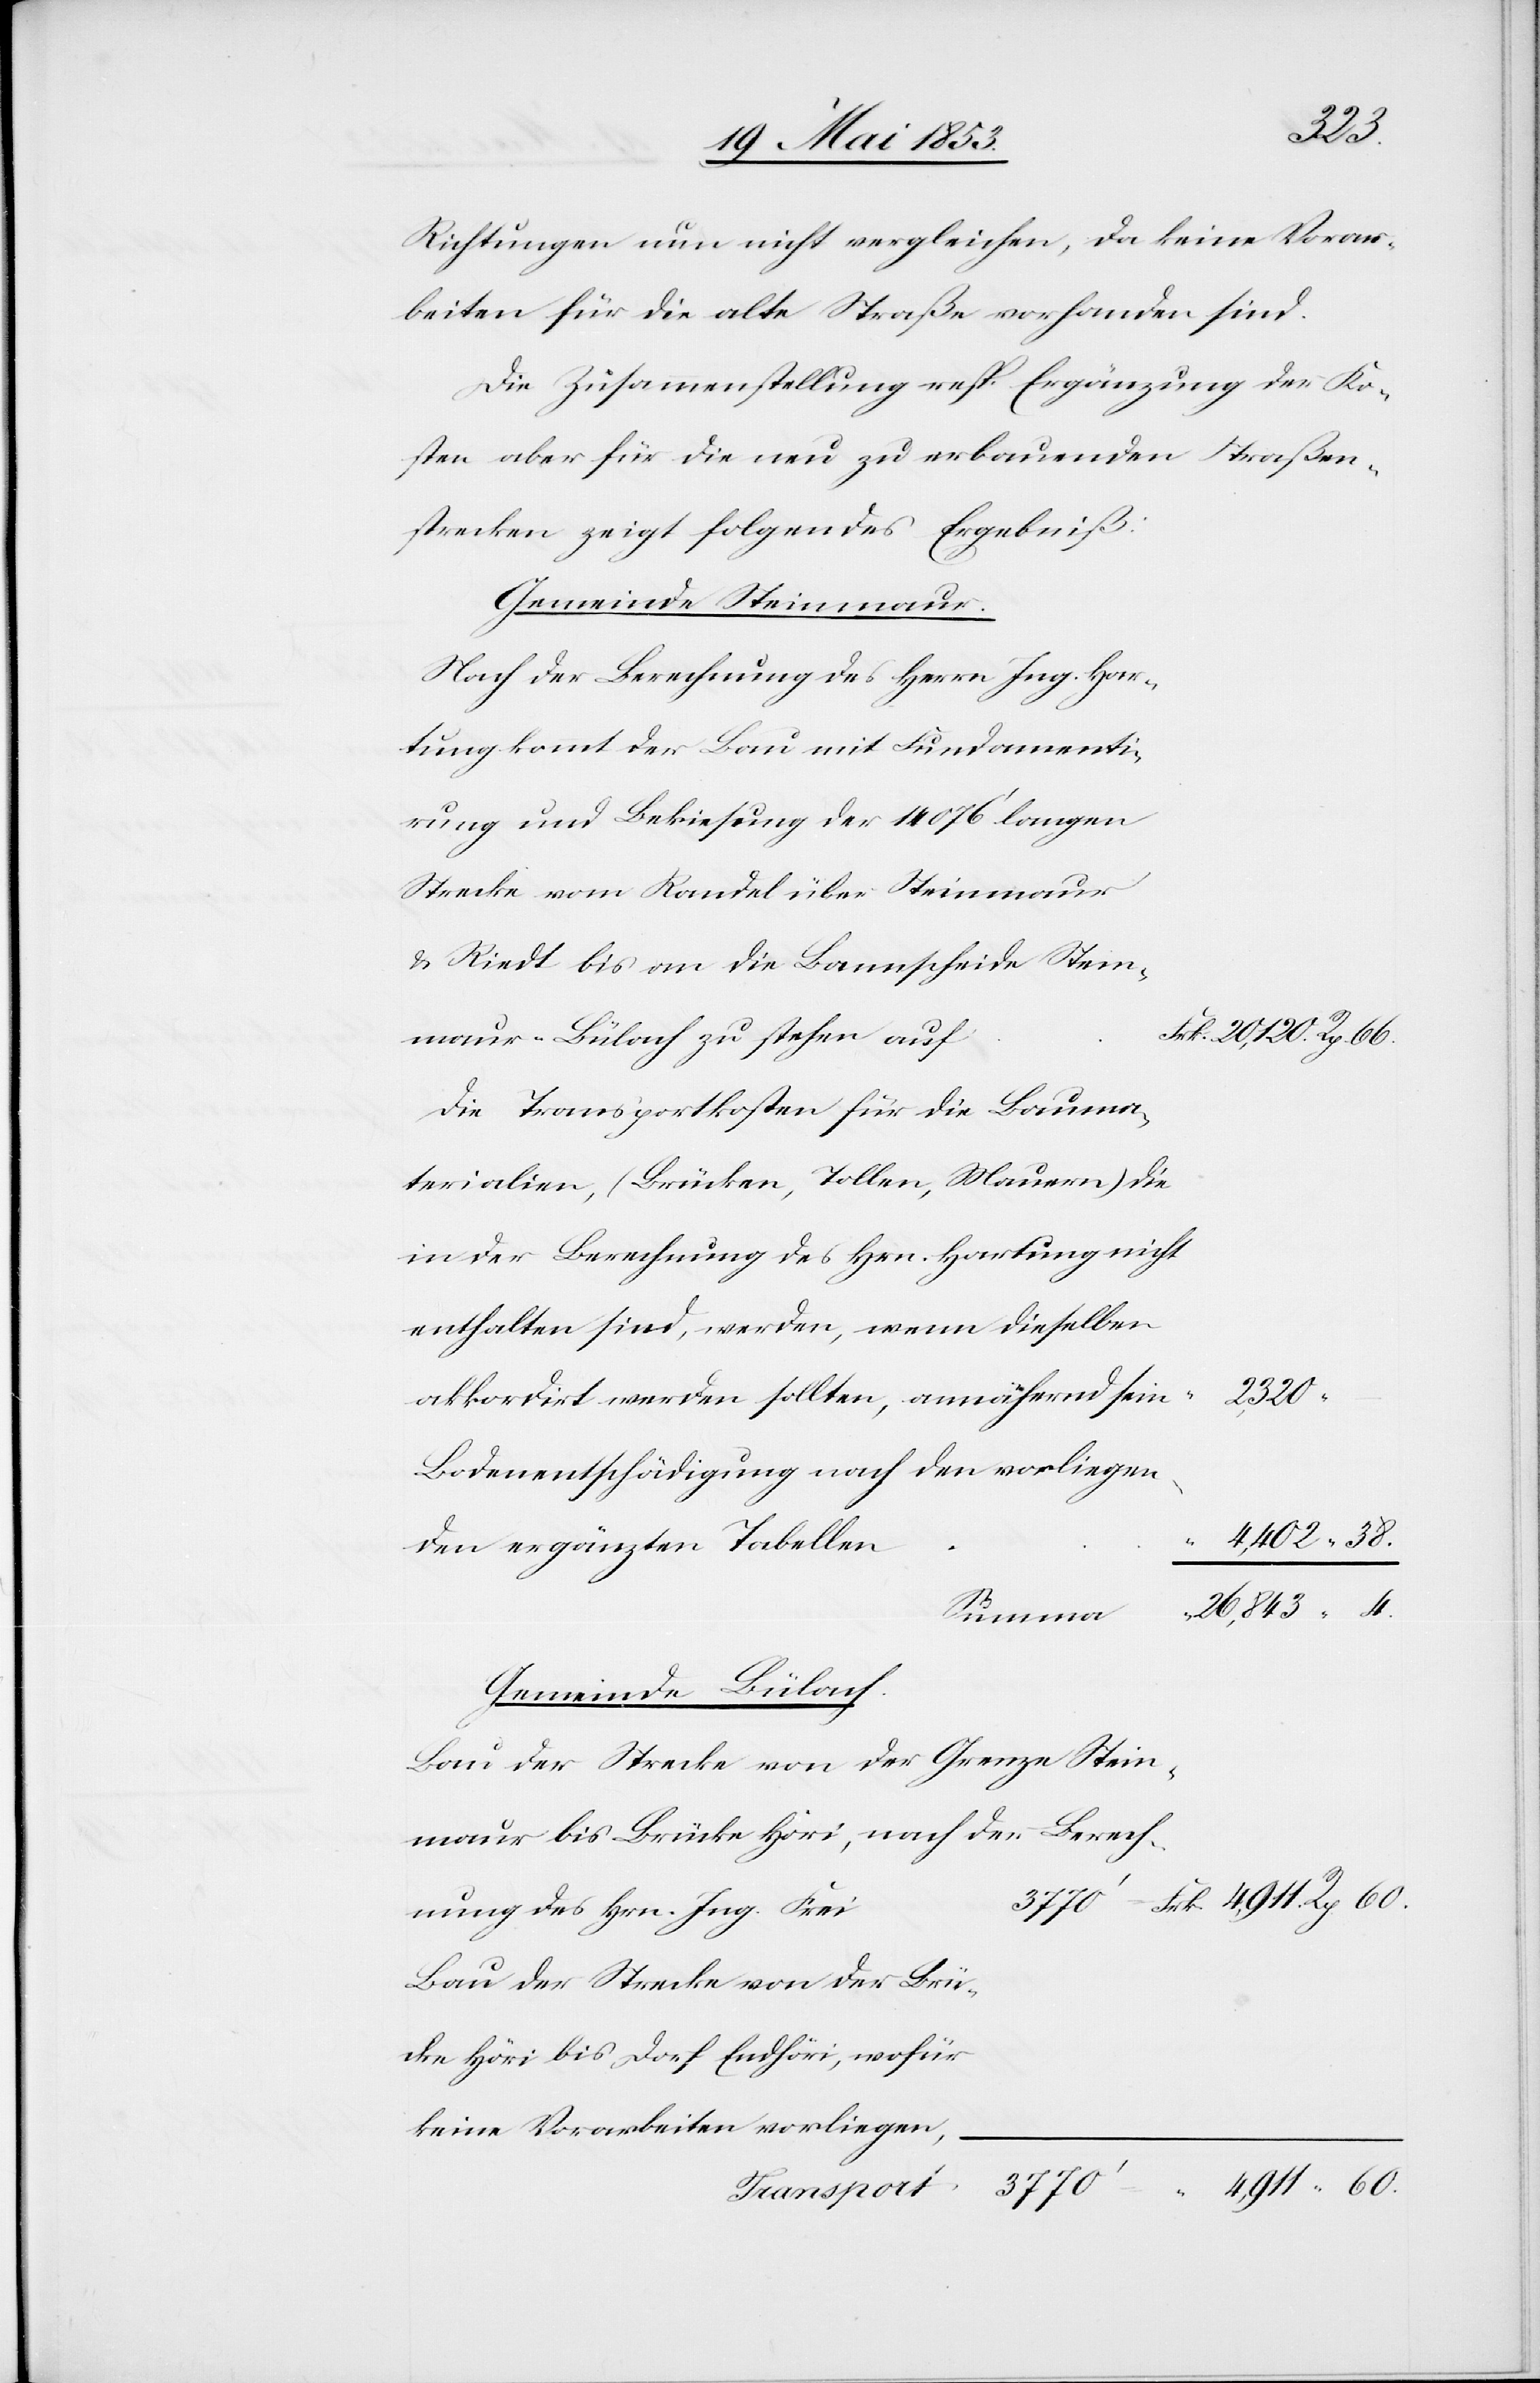
Dorf
Richtungen nun nicht vergleichen,da keine Vorar¬
beiten für die alte Straße vorhanden sind.
Die Zusammenstellung resp. Ergänzung der Ko¬
sten aber für die neu zu erbauenden Straßen¬
strecken zeigt folgendes Ergebniß.
Gemeinde Steinmaur.
Nach der Berechnung des Herrn Ing. Hartung
rung und Bekiesung der 14076’ langen
u. Riedt bis an die Bannscheide
rk. 20,120. Rp. 66
nmaur-Bülach zu stehen au¬
Die Transportkosten für die Bauma¬
in der Berechnung des Hrn. Hartung nicht
enthalten sind, werden, wenn dieselben
wofür
Bodenentschädigung nach den vorliegen¬
Gemeinde Bülach.
Bau der Strecke von der Grenze Stein¬
nung des Hrn. Ing. Frei
Bau der Strecke von der Brü¬
__________________________